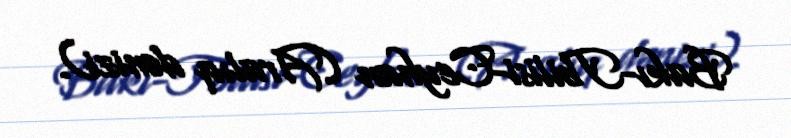
Bakı-Tbilisi-Ceyhan (Aralıq dənizi).